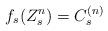
LaTeX: \begin{align*} f_s(Z^n_s)=C^{(n)}_s \end{align*}